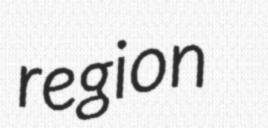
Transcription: region